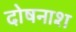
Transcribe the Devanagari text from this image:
दोषनाश